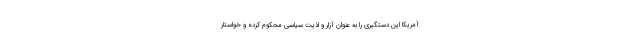
آمریکا این دستگیری را به عنوان آزار و اذیت سیاسی محکوم کرده و خواستار